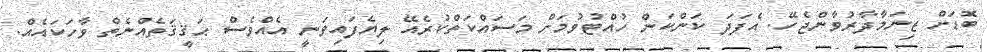
ބޮޑަށް ޒިނަމާދާރުވާންޖެހޭ. އެފަދަ ކަންކަން ހުއްޓުވުމަށް މަސައްކަތްކުރެއޭ ލިޔެފައިވަނީ އެއްވެސް ޙަޤީޤަތެއްނެތް ވާހަކައެއް.